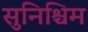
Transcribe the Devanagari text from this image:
सुनिश्चिम